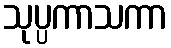
သုပ္ပကာသကာ